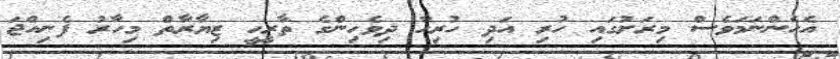
އެހެންނަމަވެސް މިރަށުގައި ހުރި އަދި ހުރިހާ ދިވެހިންގެ ތާރީހީ ޒިޔާރާތް މިހާރު ފެނިއްޖަ